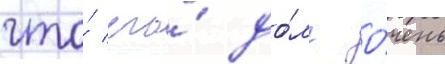
что́ его́ до́лг о́чень